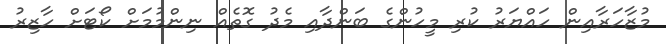
މުޒާހަރާއިން ހައްޔަރު ކުރި މީހުންގެ ބަންދާއި މެދު ގޮތެއް ނިންމުމަށް ކޯޓަށް ހާޒިރު